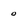
Character: 0